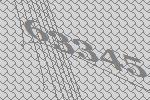
63345